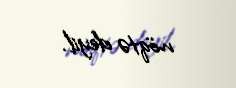
nöqtə deyil.